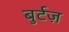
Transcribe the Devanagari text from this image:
बुर्टज़